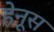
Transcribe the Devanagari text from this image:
हेनूस